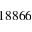
1 8 8 6 6